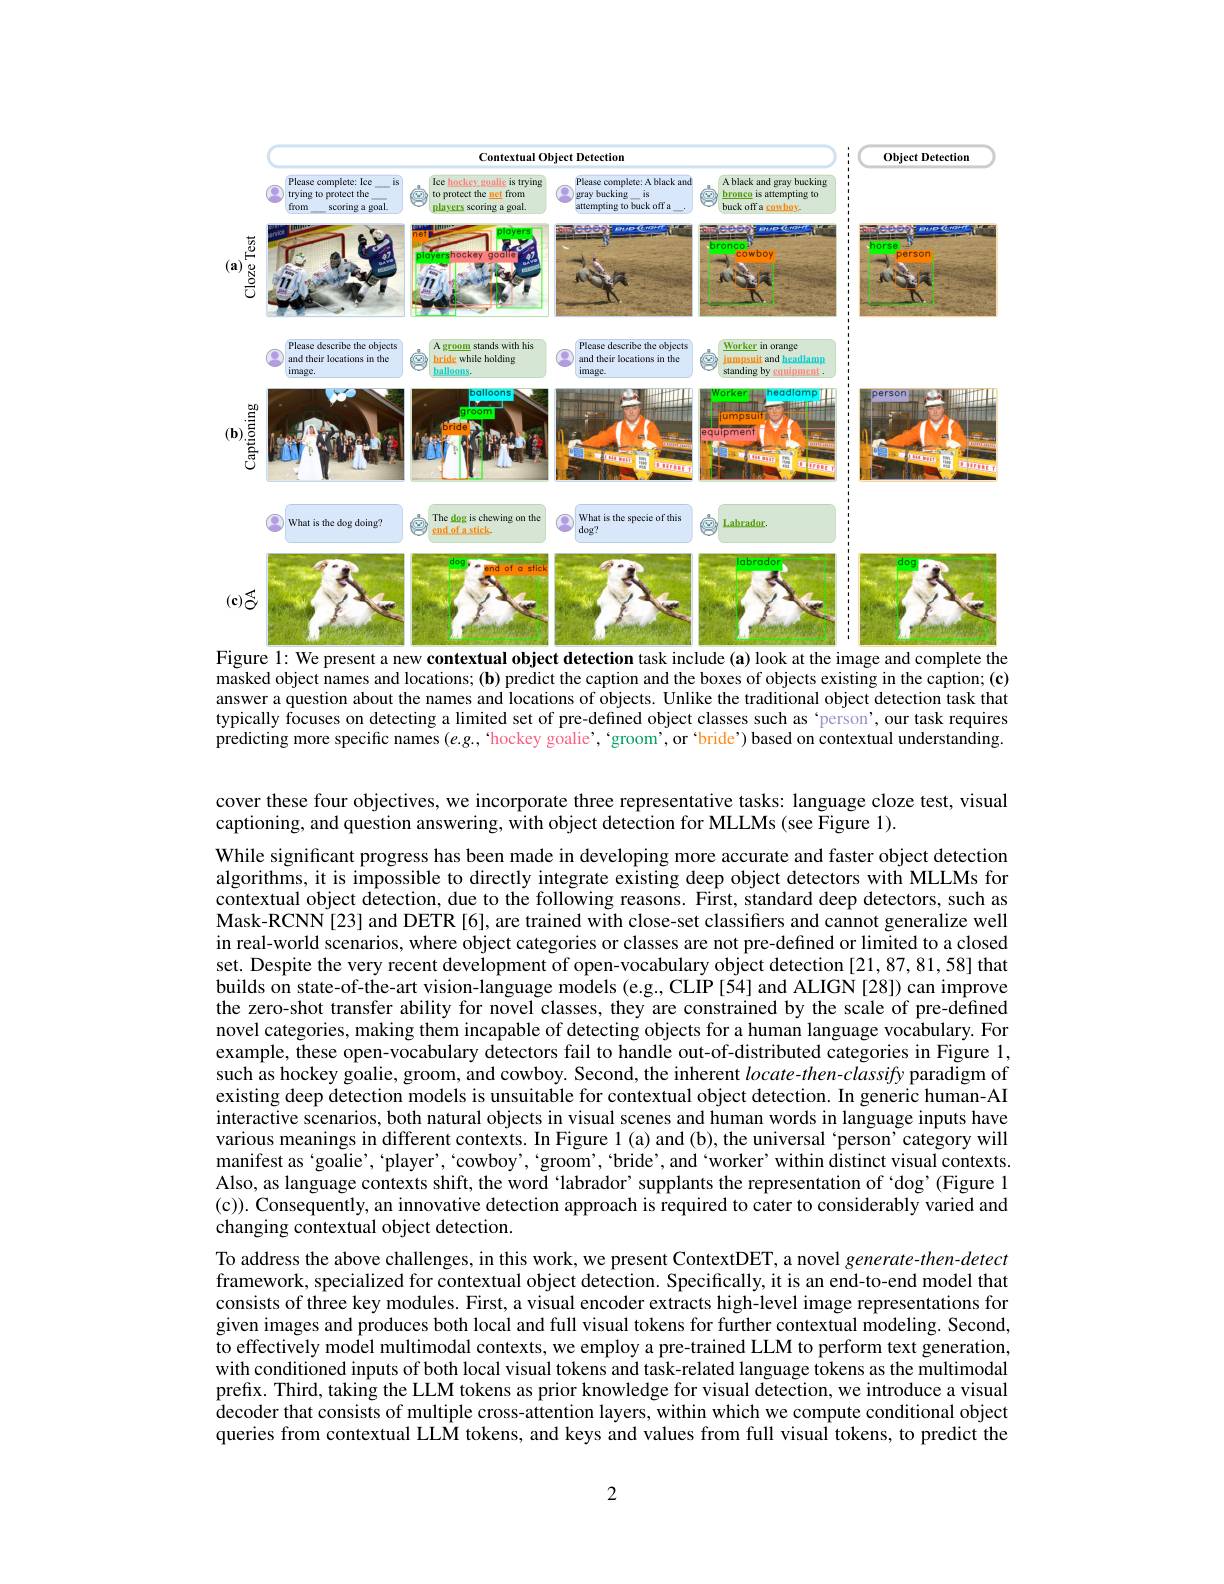
<FigureHere>
Figure 1: We present a new contextual object detection task include (a) look at the image and complete the

masked object names and locations; (b) predict the caption and the boxes of objects existing in the caption; (c) answer a question about the names and locations of objects. Unlike the traditional object detection task that typically focuses on detecting a limited set of pre-defined object classes such as ‘person’, our task requires predicting more specific names $(e.g.$, 'hockey goalie', 'groom', or `bride') based on contextual understanding.

cover these four objectives, we incorporate three representative tasks: language cloze test, visual
captioning, and question answering, with object detection for MLLMs (see Figure 1).

While significant progress has been made in developing more accurate and faster object detection algorithms, it is impossible to directly integrate existing deep object detectors with MLLMs for contextual object detection, due to the following reasons. First, standard deep detectors, such as Mask-RCNN[23] and DETR[6], are trained with close-set classiffers and cannot generalize well in real-world scenarios, where object categories or classes are not pre-defined or limited to a closed set. Despite the very recent development of open-vocabulary object detection [21,87,81,58] that builds on state-of-the-art vision-language models (e.g, CLIP[54] and ALIGN[28]) can improve the zero-shot transfer ability for novel classes, they are constrained by the scale of pre-defined novel categories, making them incapable of detecting objects for a human language vocabulary. For example, these open-vocabulary detectors fail to handle out-of-distributed categories in Figure 1, such as hockey goalie, groom, and cowboy. Second, the inherent $locate-then-classif$y paradigm of existing deep detection models is unsuitable for contextual object detection. In generic human-AI interactive scenarios, both natural objects in visual scenes and human words in language inputs have various meanings in different contexts. In Figure l (a) and (b), the universal ‘person’category will manifest as‘goalie’,‘player',‘cowboy’,‘groom’,‘bride’,and‘worker’within distinct visual contexts. Also, as language contexts shift, the word ‘labrador’ supplants the representation of ‘dog’(Figure 1 (c)). Consequently, an innovative detection approach is required to cater to considerably varied and changing contextual object detection.
To address the above challenges, in this work, we present ContextDET, a novel generate-then-detect framework, specialized for contextual object detection. Specifically, it is an end-to-end model that consists of three key modules. First, a visual encoder extracts high-level image representations for given images and produces both local and full visual tokens for further contextual modeling. Second, to effectively model multimodal contexts, we employ a pre-trained LLM to perform text generation. with conditioned inputs of both local visual tokens and task-related language tokens as the multimodal prefix. Third, taking the LLM tokens as prior knowledge for visual detection, we introduce a visual decoder that consists of multiple cross-attention layers, within which we compute conditional object queries from contextual LLM tokens, and keys and values from full visual tokens, to predict the

2